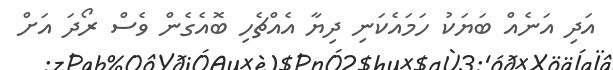
އަދި އަނެއް ބަޔަކު ހަމައެކަނި ދިޔާ އެއްޗެހި ބޮއެގެން ވެސް ރޯދަ އަށް